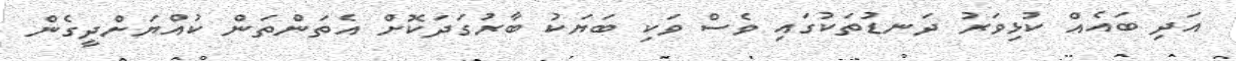
އަދި ބައެއް ކުޅިވަރު ދަނޑުތަކުގައި ވެސް ވަކި ބަޔަކު ބާރުގަދަކޮށް އެތަންތަން ކުއްޔަށްދީގެން